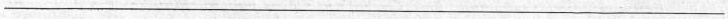
___